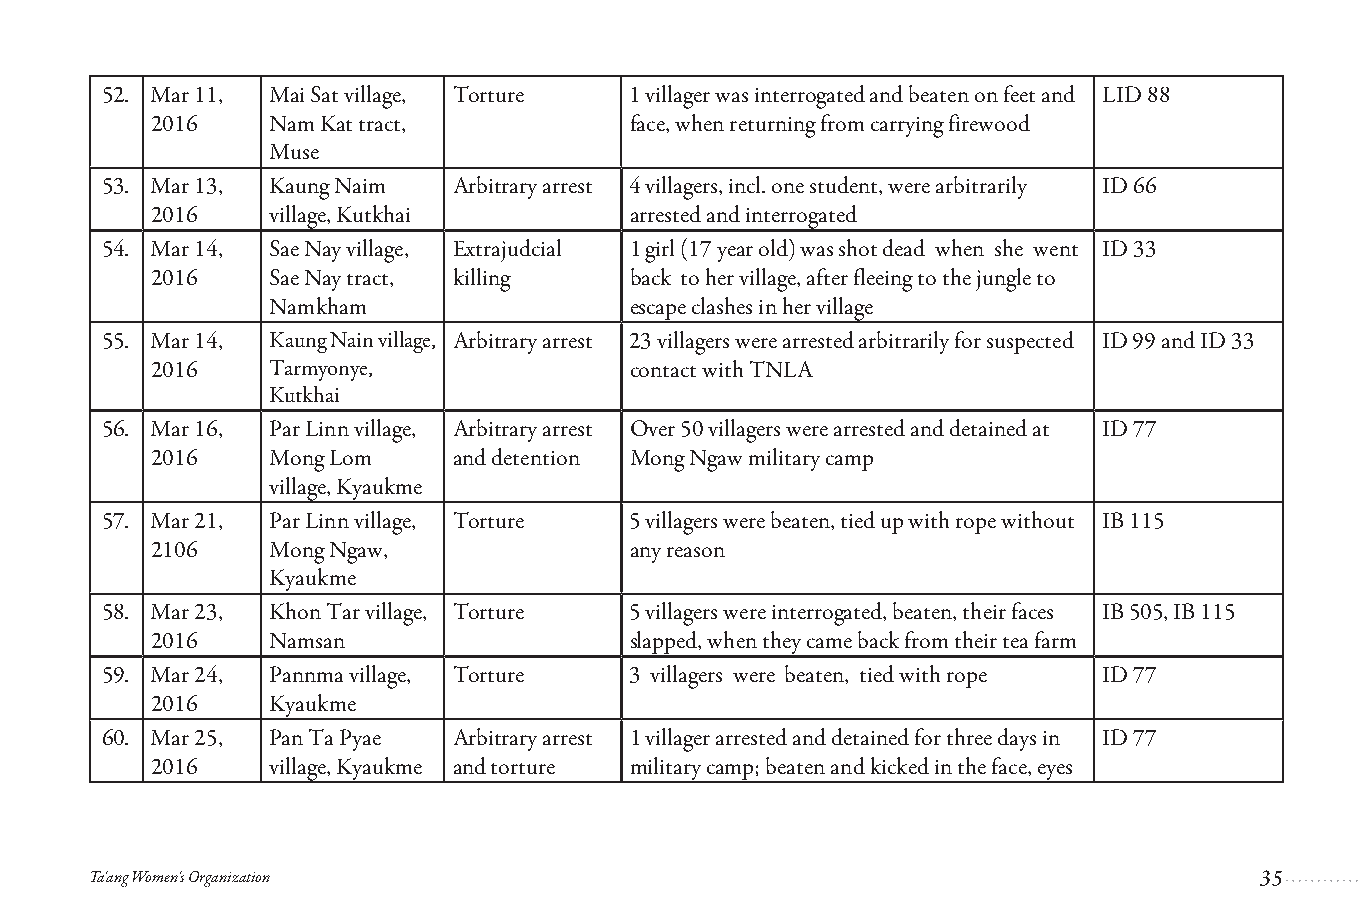
52. Mar 11, Mai Sat village, Torture 1 villager was interrogated and beaten on feet and LID 88
 2016    Nam Kat tract,         face, when returning from carrying firewood
 Muse
 53. Mar 13, Kaung Naim Arbitrary arrest 4 villagers, incl. one student, were arbitrarily ID 66
 2016    village, Kutkhai       arrested and interrogated
 54. Mar 14, Sae Nay village, Extrajudcial 1 girl (17 year old) was shot dead when she went ID 33
 2016    Sae Nay tract, killing back to her village, after fleeing to the jungle to
 Namkham                escape clashes in her village
 55. Mar 14, Kaung Nain village, Arbitrary arrest 23 villagers were arrested arbitrarily for suspected ID 99 and ID 33
 2016    Tarmyonye,             contact with TNLA
 Kutkhai
 56. Mar 16, Par Linn village, Arbitrary arrest Over 50 villagers were arrested and detained at ID 77
 2016    Mong Lom    and detention Mong Ngaw military camp
 village, Kyaukme
 57. Mar 21, Par Linn village, Torture 5 villagers were beaten, tied up with rope without IB 115
 2106    Mong Ngaw,             any reason
 Kyaukme
 58. Mar 23, Khon Tar village, Torture 5 villagers were interrogated, beaten, their faces IB 505, IB 115
 2016    Namsan                 slapped, when they came back from their tea farm
 59. Mar 24, Pannma village, Torture 3 villagers were beaten, tied with rope ID 77
 2016    Kyaukme
 60. Mar 25, Pan Ta Pyae Arbitrary arrest 1 villager arrested and detained for three days in ID 77
 2016    village, Kyaukme and torture military camp; beaten and kicked in the face, eyes
 Ta'ang Women's Organization
 35